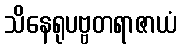
သိနေရုပဗ္ဗတရာဇာယံ